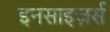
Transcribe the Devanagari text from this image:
इनसाइज़र्स